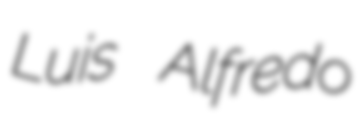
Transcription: Luis Alfredo